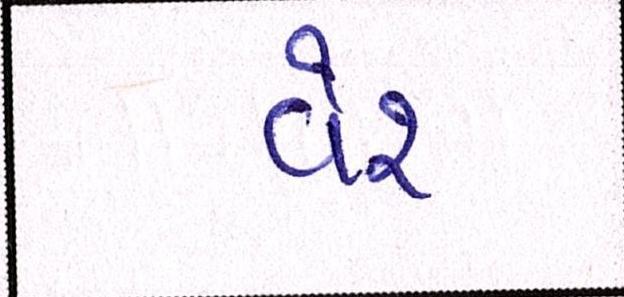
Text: વેર